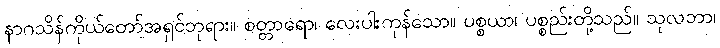
နာဂသိန်ကိုယ်တော်အရှင်ဘုရား။ စတ္တာရော၊ လေးပါးကုန်သော။ ပစ္စယာ၊ ပစ္စည်းတို့သည်။ သုလဘာ၊